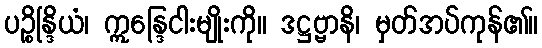
ပဉ္စိန္ဒြိယံ၊ ဣန္ဒြေငါးမျိုးကို။ ဒဋ္ဌဗ္ဗာနိ၊ မှတ်အပ်ကုန်၏။